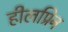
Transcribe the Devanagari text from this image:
हीलप्रिन